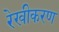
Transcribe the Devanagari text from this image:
रेखीकरण